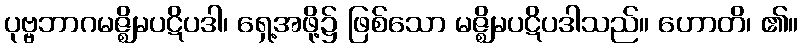
ပုဗ္ဗဘာဂမဇ္ဈိမပဋိပဒါ၊ ရှေ့အဖို့၌ ဖြစ်သော မဇ္ဈိမပဋိပဒါသည်။ ဟောတိ၊ ၏။